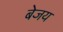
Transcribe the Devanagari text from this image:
बेजय